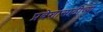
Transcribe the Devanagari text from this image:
प्रवेशासाठीच्या